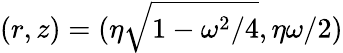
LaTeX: (r,z)=(\eta\sqrt{1-\omega^{2}/4},\eta\omega/2)